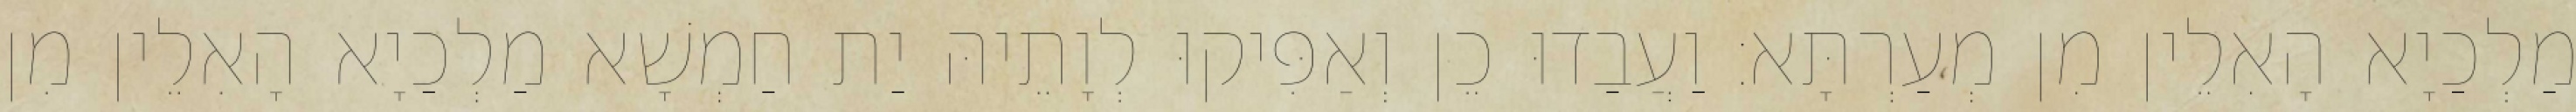
מַלְכַיָא הָאִלֵין מִן מְעַרְתָּא׃ וַעֲבַדוּ כֵן וְאַפִּיקוּ לְוָתֵיהּ יַת חַמְשָׁא מַלְכַיָא הָאִלֵין מִן